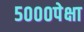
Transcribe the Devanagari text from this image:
५०००पेक्षा